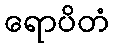
ရောပိတံ